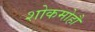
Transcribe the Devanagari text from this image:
शोकमोहौ